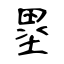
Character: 塁